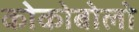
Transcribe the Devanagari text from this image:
कोकोबोलो